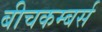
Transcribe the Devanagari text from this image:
बीचकम्बर्स